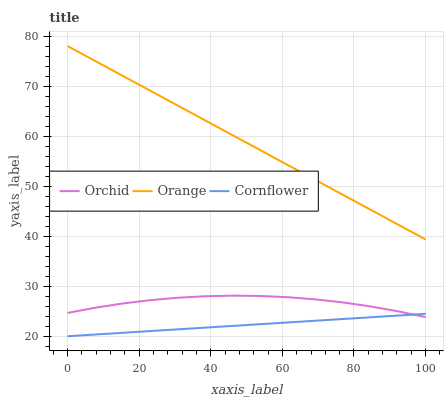
| xaxis_label | Orchid | Orange | Cornflower |
 | --- | --- | --- | --- |
 | 0 | 24.7 | 78 | 20 |
 | 7.69 | 25.7 | 75 | 20.3 |
 | 15.4 | 26.5 | 72.1 | 20.7 |
 | 23.1 | 27.2 | 69.1 | 21 |
 | 30.8 | 27.7 | 66.1 | 21.4 |
 | 38.5 | 28 | 63.1 | 21.7 |
 | 46.2 | 28.1 | 60.2 | 22.1 |
 | 53.8 | 28 | 57.2 | 22.4 |
 | 61.5 | 27.8 | 54.2 | 22.8 |
 | 69.2 | 27.4 | 51.2 | 23.1 |
 | 76.9 | 26.8 | 48.3 | 23.4 |
 | 84.6 | 26 | 45.3 | 23.8 |
 | 92.3 | 25 | 42.3 | 24.1 |
 | 100 | 23.8 | 39.3 | 24.5 |